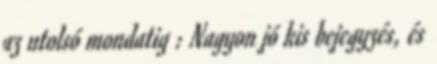
az utolsó mondatig : Nagyon jó kis bejegyzés, és